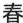
春